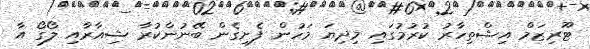
ޓޫރިޒަމް އިޝްތިހާރު ކުރުމުގައި މިދިޔަ މަހުން ފެށިގެން ބޭނުންކުރާ ޝިއާރާއި ލޯގޯ އާ